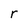
Character: r